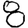
Digit: 8